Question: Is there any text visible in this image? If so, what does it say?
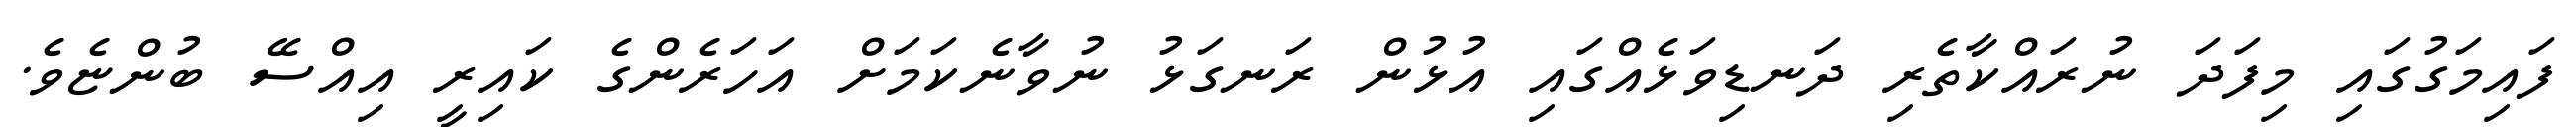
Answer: ފައިމަގުގައި މިފަދަ ނުރައްކާތެރި ދަނޑިވަޅެއްގައި އުޅުން ރަނގަޅު ނުވާނެކަމަށް އަހަރެންގެ ކައިރީ އިއްސޭ ބުންޏެވެ.